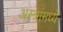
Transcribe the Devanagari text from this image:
अस्त्रांमध्ये